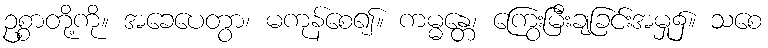
ဥစ္စာတို့ကို။ အခေပေတွာ၊ မကုန်စေ၍။ ကမ္မန္တေ၊ ကြွေးမြီးချခြင်းအမှု၌။ သစေ